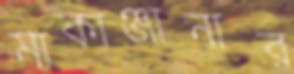
মাকাঞ্জানার